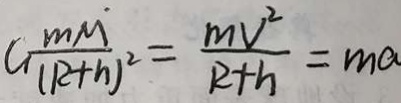
C \frac { m M } { ( R + h ) ^ { 2 } } = \frac { m v ^ { 2 } } { R + h } = m a